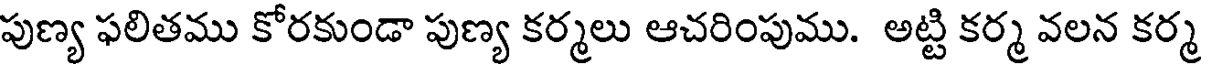
పుణ్య ఫలితము కోరకుండా పుణ్య కర్మలు ఆచరింపుము. అట్టి కర్మ వలన కర్మ